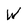
Character: W